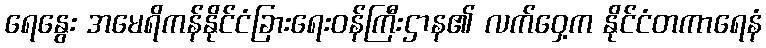
ရေနွေး အမေရိကန်နိုင်ငံခြားရေးဝန်ကြီးဌာန၏ လက်ဝှေ့က နိုင်ငံတကာရေနံ